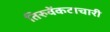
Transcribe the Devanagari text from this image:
तिरुवेंकटाचारी